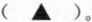
(▲)。